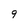
Character: 9